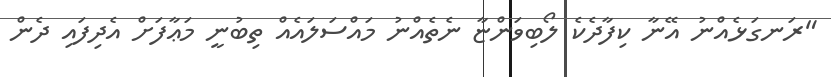
"ރަނގަޅެއްނު އޭނާ ކިފާދެކެ ލޯބިވަންޏާ ނެތެއްނު މައްސަލައެއް ތިބުނީ މަޢާފަށް އެދިފައި ދެން